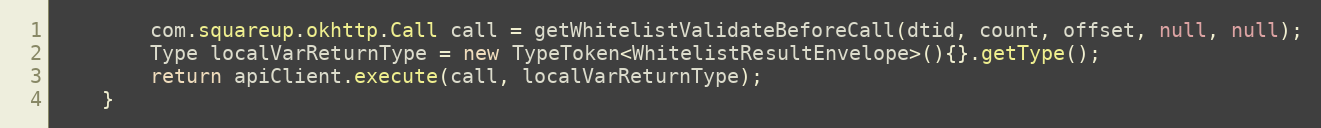
Language: Java
        com.squareup.okhttp.Call call = getWhitelistValidateBeforeCall(dtid, count, offset, null, null);
        Type localVarReturnType = new TypeToken<WhitelistResultEnvelope>(){}.getType();
        return apiClient.execute(call, localVarReturnType);
    }